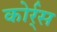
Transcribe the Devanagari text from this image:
कोर्र्स